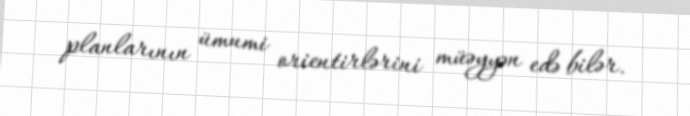
planlarının ümumi orientirlərini müəyyən edə bilər.